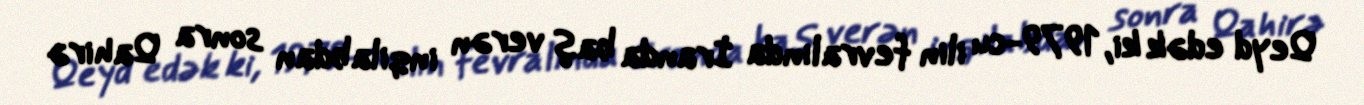
Qeyd edək ki, 1979-cu ilin fevralında İranda baş verən inqilabdan sonra Qahirə